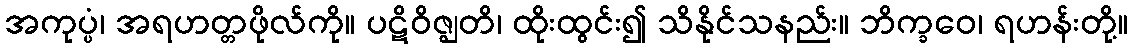
အကုပ္ပံ၊ အရဟတ္တဖိုလ်ကို။ ပဋိဝိဇ္ဈတိ၊ ထိုးထွင်း၍ သိနိုင်သနည်း။ ဘိက္ခဝေ၊ ရဟန်းတို့။